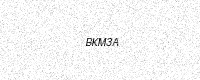
Text: BKM3A